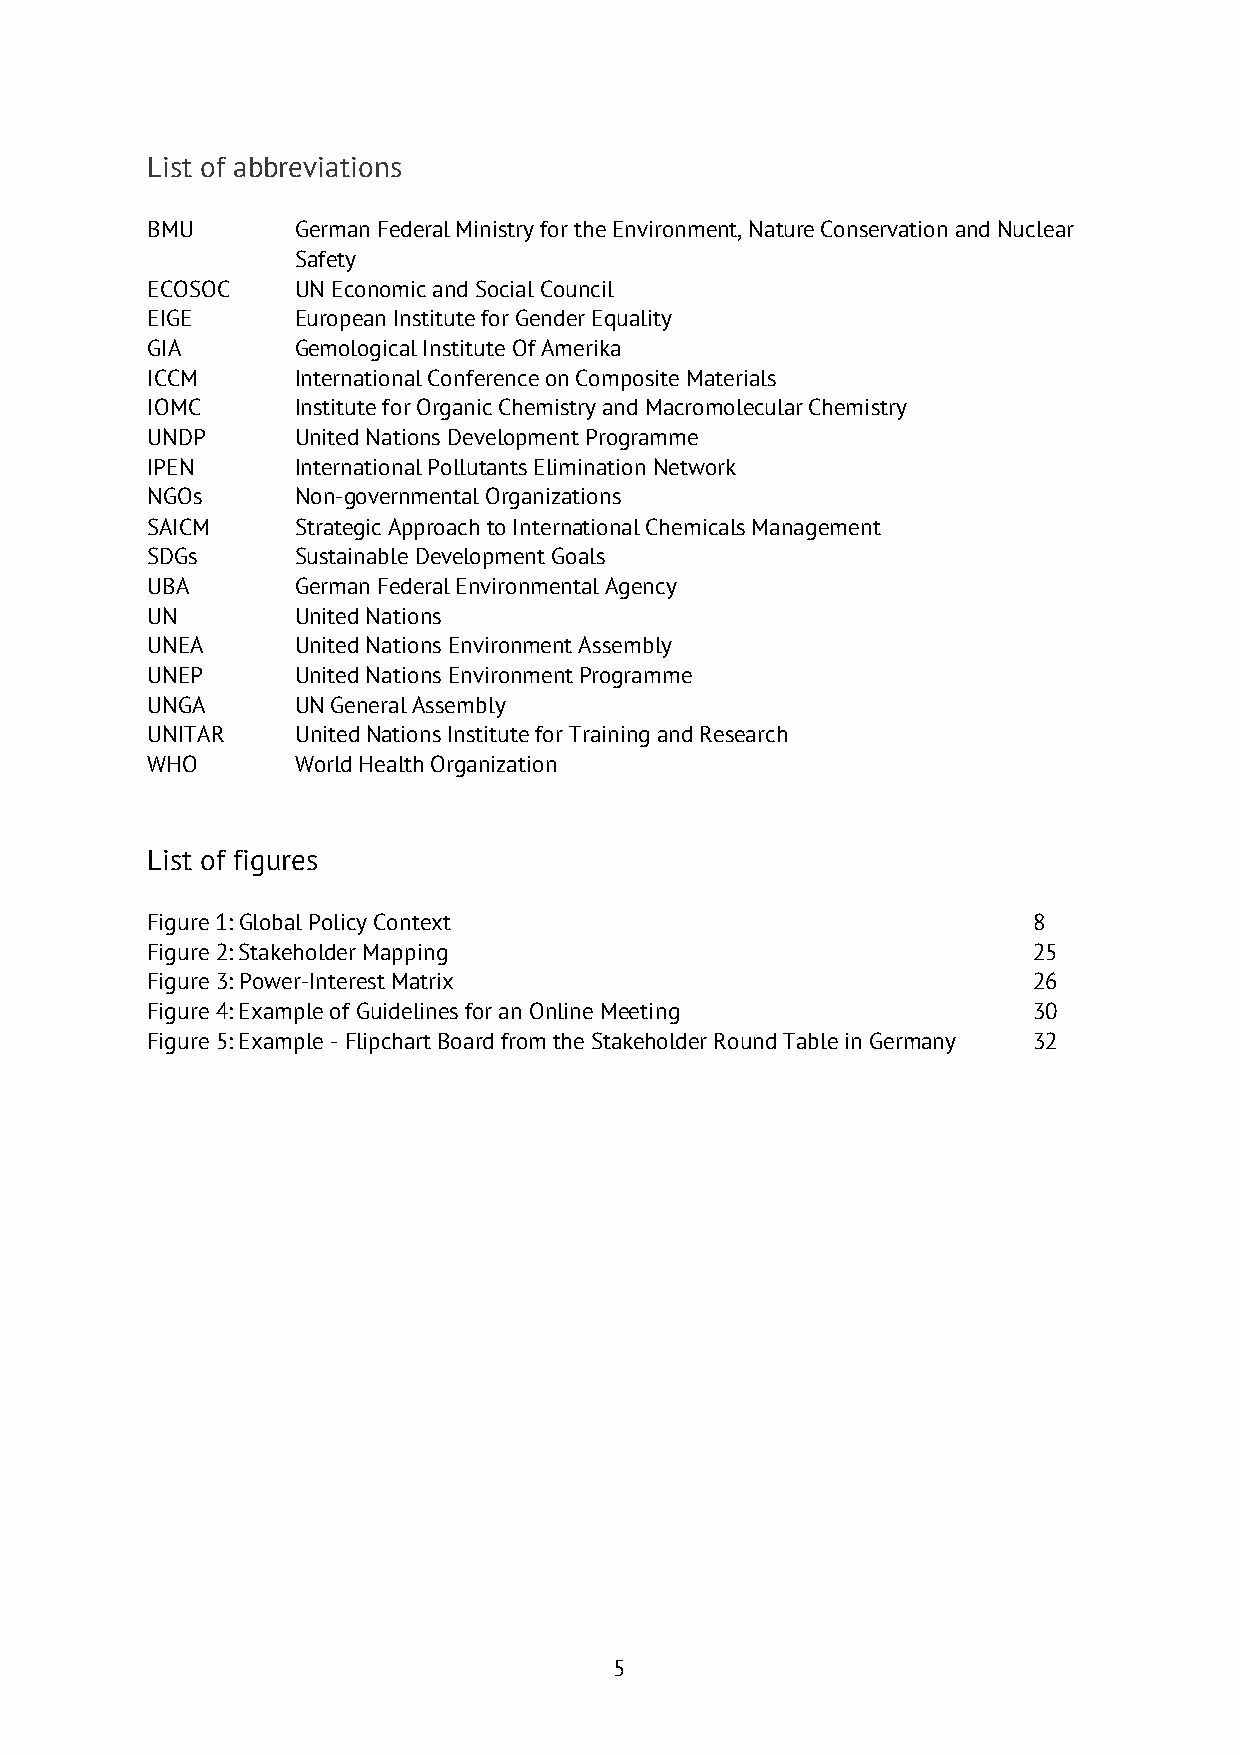
List of abbreviations
 BMU       German Federal Ministry for the Environment, Nature Conservation and Nuclear
 Safety
 ECOSOC    UN Economic and Social Council
 EIGE      European Institute for Gender Equality
 GIA       Gemological Institute Of Amerika
 ICCM      International Conference on Composite Materials
 IOMC      Institute for Organic Chemistry and Macromolecular Chemistry
 UNDP      United Nations Development Programme
 IPEN      International Pollutants Elimination Network
 NGOs      Non-governmental Organizations
 SAICM     Strategic Approach to International Chemicals Management
 SDGs      Sustainable Development Goals
 UBA       German Federal Environmental Agency
 UN        United Nations
 UNEA      United Nations Environment Assembly
 UNEP      United Nations Environment Programme
 UNGA      UN General Assembly
 UNITAR    United Nations Institute for Training and Research
 WHO       World Health Organization
 List of figures
 Figure 1: Global Policy Context                           8
 Figure 2: Stakeholder Mapping                             25
 Figure 3: Power-Interest Matrix                           26
 Figure 4: Example of Guidelines for an Online Meeting     30
 Figure 5: Example - Flipchart Board from the Stakeholder Round Table in Germany 32
 5